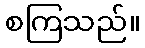
စကြသည်။